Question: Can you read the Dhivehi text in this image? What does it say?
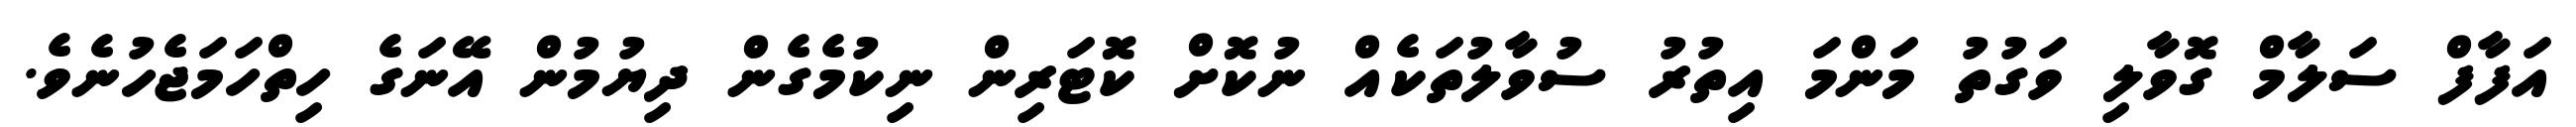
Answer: އަފާފް ސަލާމް ގޮވާލި ވަގުތު މަންމަ އިތުރު ސުވާލުތަކެއް ނުކޮށް ކޮޓަރިން ނިކުމެގެން ދިޔުމުން އޭނަގެ ހިތްހަމަޖެހުނެވެ.